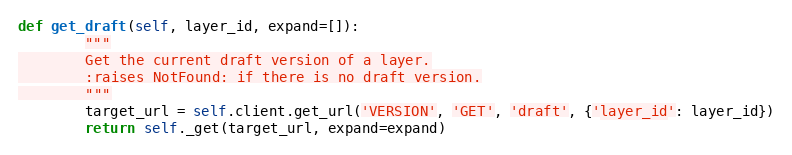
Language: Python
def get_draft(self, layer_id, expand=[]):
        """
        Get the current draft version of a layer.
        :raises NotFound: if there is no draft version.
        """
        target_url = self.client.get_url('VERSION', 'GET', 'draft', {'layer_id': layer_id})
        return self._get(target_url, expand=expand)